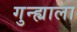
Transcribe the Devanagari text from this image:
गुन्ह्याला